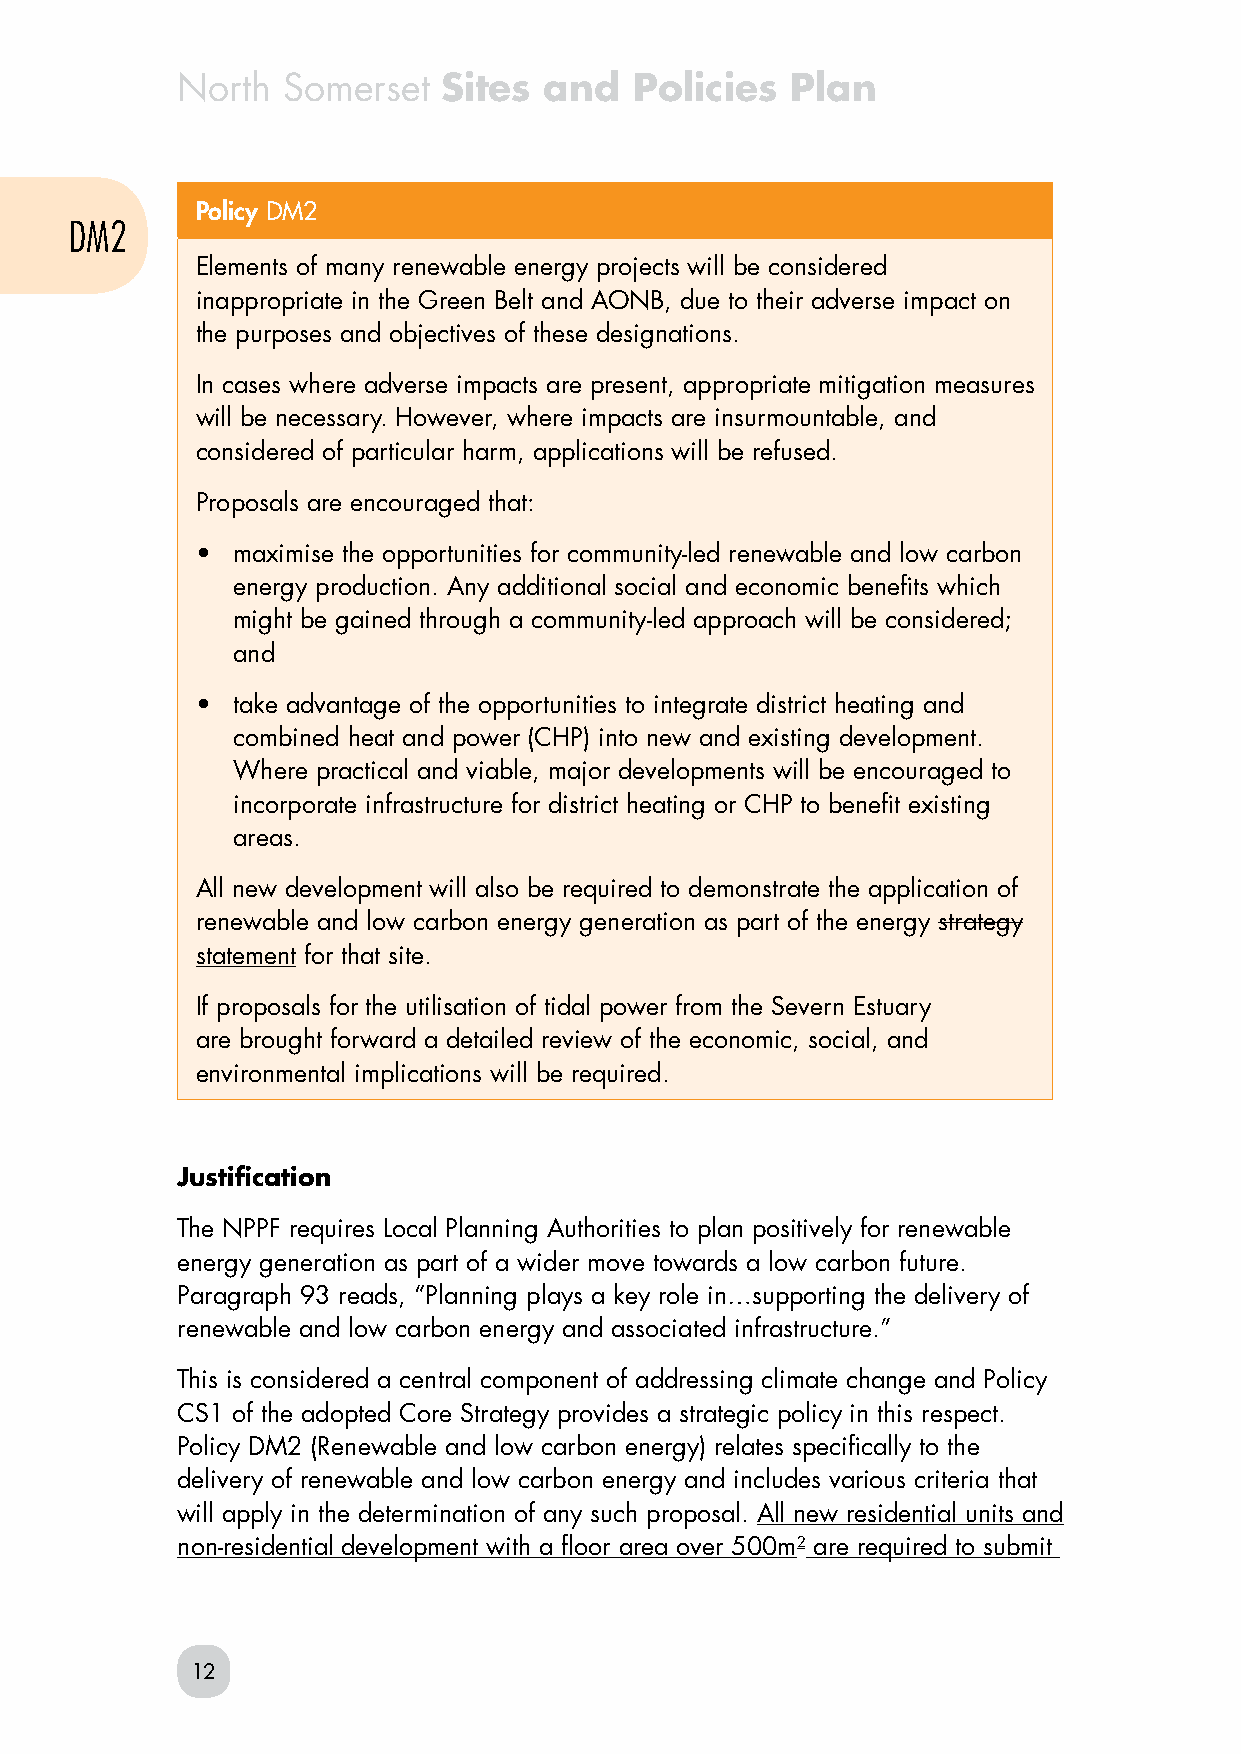
North  Somerset  Sites  and   Policies  Plan
 Policy DM2
 DM2
 Elements of many renewable energy projects will be considered
 inappropriate in the Green Belt and AONB, due to their adverse impact on
 the purposes and objectives of these designations.
 In cases where adverse impacts are present, appropriate mitigation measures
 will be necessary. However, where impacts are insurmountable, and
 considered of particular harm, applications will be refused.
 Proposals are encouraged that:
 • maximise the opportunities for community-led renewable and low carbon
 energy production. Any additional social and economic benefits which
 might be gained through a community-led approach will be considered;
 and
 • take advantage of the opportunities to integrate district heating and
 combined heat and power (CHP) into new and existing development.
 Where practical and viable, major developments will be encouraged to
 incorporate infrastructure for district heating or CHP to benefit existing
 areas.
 All new development will also be required to demonstrate the application of
 renewable and low carbon energy generation as part of the energy strategy
 statement for that site.
 If proposals for the utilisation of tidal power from the Severn Estuary
 are brought forward a detailed review of the economic, social, and
 environmental implications will be required.
 Justification
 The NPPF requires Local Planning Authorities to plan positively for renewable
 energy generation as part of a wider move towards a low carbon future.
 Paragraph 93 reads, “Planning plays a key role in…supporting the delivery of
 renewable and low carbon energy and associated infrastructure.”
 This is considered a central component of addressing climate change and Policy
 CS1 of the adopted Core Strategy provides a strategic policy in this respect.
 Policy DM2 (Renewable and low carbon energy) relates specifically to the
 delivery of renewable and low carbon energy and includes various criteria that
 will apply in the determination of any such proposal. All new residential units and
 non-residential development with a floor area over 500m2 are required to submit
 12